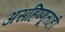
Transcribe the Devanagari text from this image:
असहिष्णूताही